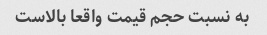
به نسبت حجم قیمت واقعا بالاست